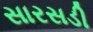
સારસડી